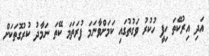
އަދި އިރުކޭތަ ހިފީ ހުކުރު ވަގުތުގައި ކަމަށްވާނަމަ ފުރަތަމަ ކޭތަ ނަމާދު ކުރުގޮތަކަށް